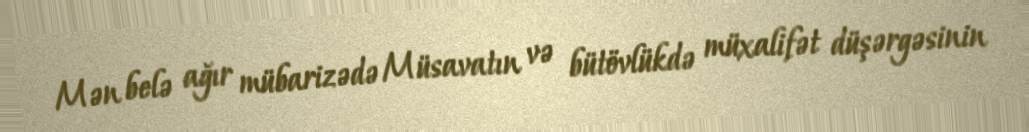
Mən belə ağır mübarizədə Müsavatın və bütövlükdə müxalifət düşərgəsinin